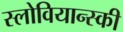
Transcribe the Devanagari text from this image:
स्लोवियान्स्की